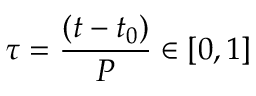
\tau = \frac { ( t - t _ { 0 } ) } { P } \in [ 0 , 1 ]